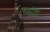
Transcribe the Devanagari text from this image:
फॉ